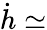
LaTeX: \dot{h}\simeq